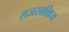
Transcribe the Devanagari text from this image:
राजसान्निध्य